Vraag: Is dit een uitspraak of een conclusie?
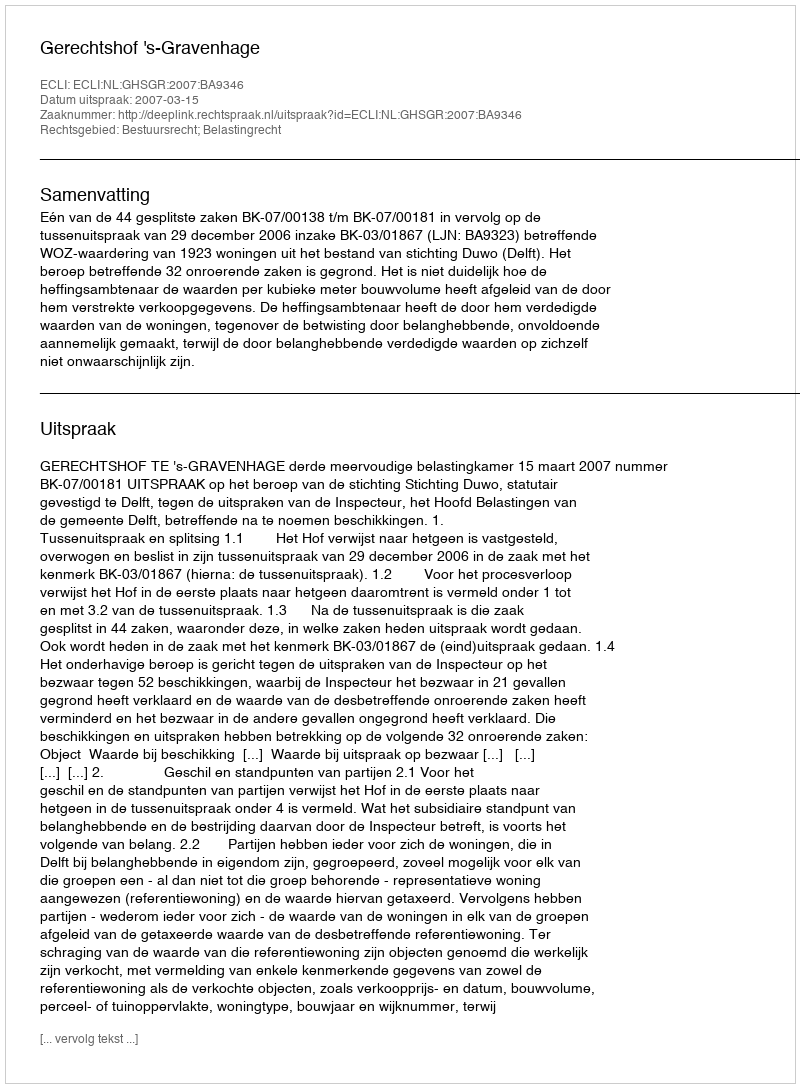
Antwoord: Uitspraak